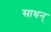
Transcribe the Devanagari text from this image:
साधन्